Civil Veterinary Department. United Provinces 1923-31 - 1923-1931
Year: 1923
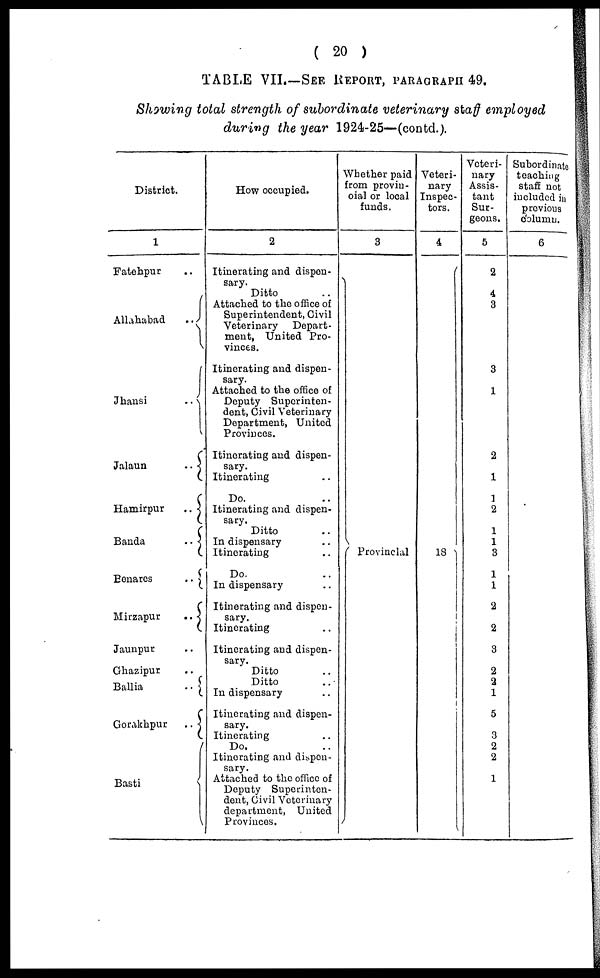
( 20 )
TABLE VII.—SEE REPORT, PARAGRAPH 49.
Showing total strength of subordinate veterinary staff employed
during the year 1924-25—(contd.).
District.
1
Fatehpur ..
Allahabad
..
Jhansi
..
Jalaun
..
Hamirpur
..
Banda
..
Benares
..
Mirzapur
..
Jaunpur ..
Ghazipur ..
Ballia
..
Gorakhpur
..
Basti
How occupied.
2
Itinerating and dispen-
sary.
Ditto ..
Attached to the office of
Superintendent, Civil
Veterinary
Depart-
ment, United Pro-
vinces.
Itinerating and dispen-
sary.
Attached to the office of
Deputy Superinten-
dent, Civil Veterinary
Department, United
Provinces.
Itinerating and dispen-
sary.
Itinerating ..
Do. ..
Itinerating and dispen-
sary.
Ditto ..
In dispensary ..
Itinerating ..
Do. ..
In dispensary ..
Itinerating and dispen-
sary.
Itinerating ..
Itinerating and dispen-
sary.
Ditto ..
Ditto ..
In dispensary ..
Itinerating and dispen-
sary.
Itinerating ..
Do. ..
Itinerating and dispen-
sary.
Attached to the office of
Deputy Superinten-
dent, Civil Veterinary
department, United
Provinces.
Whether paid
from provin-
cial or local
funds.
3
Provincial
Veteri-
nary
Inspec-
tors.
4
18
Veteri-
nary
Assis-
tant
Sur-
geons.
5
2
4
3
3
1
2
1
1
2
1
1
3
1
1
2
2
3
2
2
1
5
3
2
2
1
Subordinate
teaching
staff not
included in
previous
column.
6